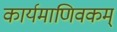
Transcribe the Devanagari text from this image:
कार्यमाणिवकम्